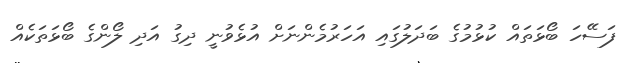
ފަސޭހަ ބޯޅަތައް ކުޅުމުގެ ބަދަލުގައި އަހަރުމެންނަށް އުޅެވުނީ ދިގު އަދި ލޯންގެ ބޯޅަތަކެއް